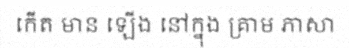
កើត មាន ឡើង នៅក្នុង គ្រាម ភាសា